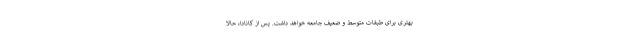
بهتری برای طبقات متوسط و ضعیف جامعه خواهد داشت. پس از کانادا، حالا